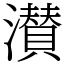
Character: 濽